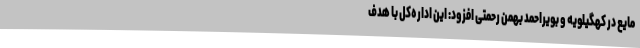
مایع در کهگیلویه و بویراحمد بهمن رحمتی افزود: این اداره‌کل با هدف